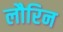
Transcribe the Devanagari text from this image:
लौरिन